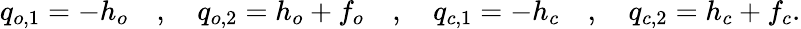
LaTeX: q_{o,1}=-h_{o}\quad,\quad q_{o,2}=h_{o}+f_{o}\quad,\quad q_{c,1}=-h_{c}\quad,\quad q_{c,2}=h_{c}+f_{c}.